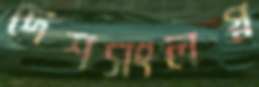
দেশসংলগ্ন